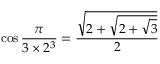
\cos { \frac { \pi } { 3 \times 2 ^ { 3 } } } = { \frac { \sqrt { 2 + { \sqrt { 2 + { \sqrt { 3 } } } } } } { 2 } }